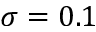
\sigma = 0 . 1